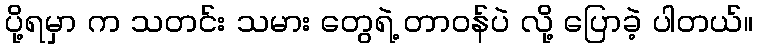
ပို့ရမှာ က သတင်း သမား တွေရဲ့ တာဝန်ပဲ လို့ ပြောခဲ့ ပါတယ်။